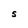
Character: S